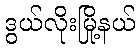
ဒွယ်လိုးမြို့နယ်